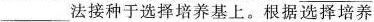
___法接种于选择培养基上。根据选择培养